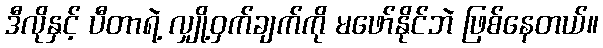
ဒီလိုနှင့် ပီတာရဲ့ လျှို့ဝှက်ချက်ကို မဖော်နိုင်ဘဲ ဖြစ်နေတယ်။